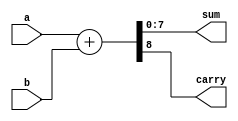
module ParametrizedAdder #(
    parameter WIDTH = 8  // Default parameter for width
)(
    input  wire [WIDTH-1:0] a,  // First operand
    input  wire [WIDTH-1:0] b,  // Second operand
    output reg  [WIDTH-1:0] sum, // Sum output
    output reg               carry // Carry-out flag
);

    // Behavioral description of the adder
    always @(*) begin
        {carry, sum} = a + b; // Perform addition and capture carry-out
    end

endmodule